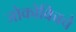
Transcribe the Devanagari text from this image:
जोकोविचचे